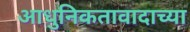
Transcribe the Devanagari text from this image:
आधुनिकतावादाच्या